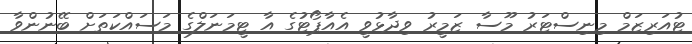
ޓުއަރިޒަމް މިނިސްޓަރު މޫސާ ޒަމީރު ވިދާޅުވީ އެއާޕޯޓުގެ އާ ޓީމަނަލްގެ މަސައްކަތަށް ބޭނުންވާ